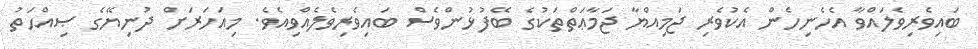
ބައިވެރިވެލައްވާ އެހެނިހެން އެކުވެރި ޖަމިއްޔާ ޖަމާޢަތްތަކުގެ ބޭފުޅުންވެސް ބައިވެރިވެލެއްވިއެވެ. މިއަހަރަށް ދުނިޔޭގެ ޞިއްޙަތު